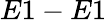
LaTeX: E1-E1